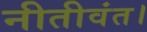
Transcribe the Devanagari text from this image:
नीतीवंत।